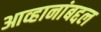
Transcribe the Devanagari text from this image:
आव्हानांबद्दल